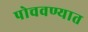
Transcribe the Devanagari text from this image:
पोचवण्यात